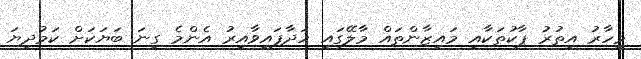
މިހާރު އިތުރު ޕާކުތަކާއި މައިޒާންތައް މާލޭގައި ހަދާފައިވާއިރު އެންމެ ގިނަ ބަޔަކަށް ކަމުދިޔަ